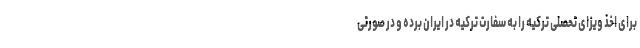
برای اخذ ویزای تحصلی ترکیه را به سفارت ترکیه در ایران برده و در صورتی